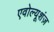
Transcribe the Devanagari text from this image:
एवोल्यूशंज़